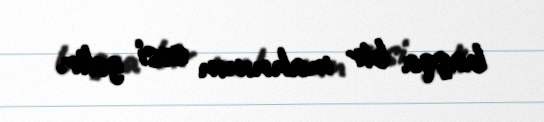
başqa bir mahnının səsi gəlir.